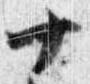
十